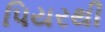
પિયરથી